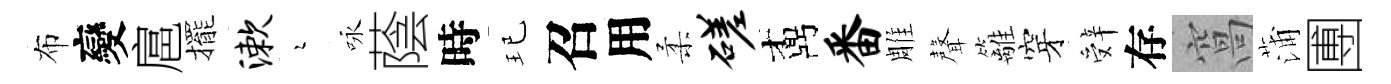
布變扈擺漱瑟咏蔭時玘召用柔磋鼒番雕聲籬穿辤存窩蒲圑